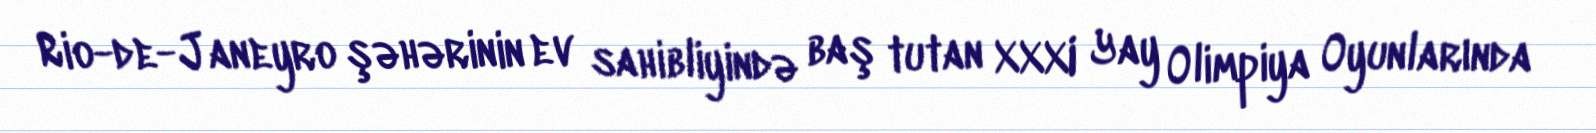
Rio-de-Janeyro şəhərinin ev sahibliyində baş tutan XXXI Yay Olimpiya Oyunlarında